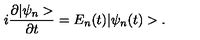
i \frac { \partial | \psi _ { n } > } { \partial t } = E _ { n } ( t ) | \psi _ { n } ( t ) > .